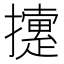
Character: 𢷐